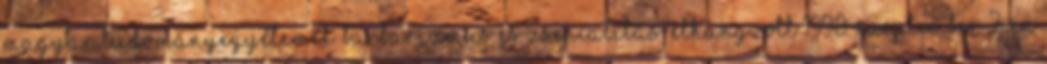
magyar tudományegyetemek. Barbarizmus és zsenialitás. Elhangzott 1998. szeptember 7-én